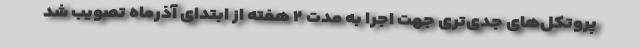
پروتکل‌های جدی‌تری جهت اجرا به مدت ۲ هفته از ابتدای آذرماه تصویب شد